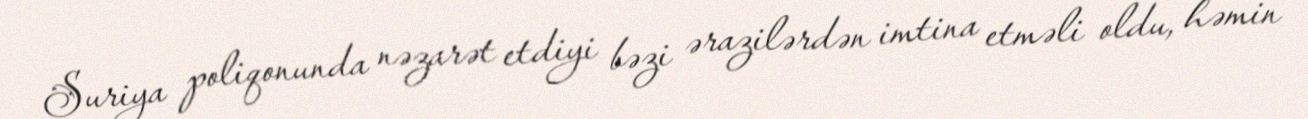
Suriya poliqonunda nəzarət etdiyi bəzi ərazilərdən imtina etməli oldu, həmin